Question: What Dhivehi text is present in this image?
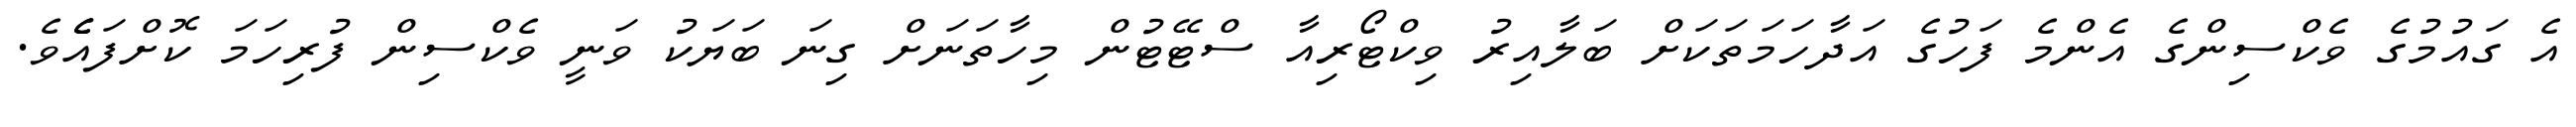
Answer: އެ ގައުމުގެ ވެކްސިންގެ އެންމެ ފަހުގެ އަދާހަމަތަކަށް ބަލާއިރު ވިކްޓޯރިއާ ސްޓޭޓުން މިހާތަނަށް ގިނަ ބަޔަކު ވަނީ ވެކްސިން ފުރިހަމަ ކޮށްފައެެެވެ.